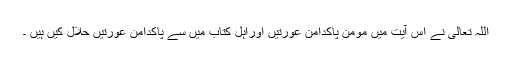
اللہ تعالی نے اس آیت میں مومن پاکدامن عورتیں اوراہل کتاب میں سے پاکدامن عورتیں حلال کیں ہیں ۔